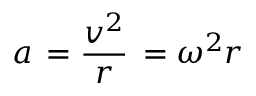
a \, = { \frac { v ^ { 2 } } { r } } \, = { \omega ^ { 2 } } { r }